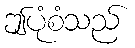
ဤပုံစံသည်